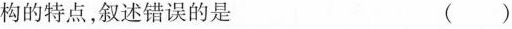
构的特点，叙述错误的是 ()